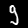
Digit: 9